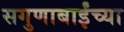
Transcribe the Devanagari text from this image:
सगुणाबाईंच्या